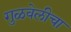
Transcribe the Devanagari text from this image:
गुळवेलीचा